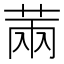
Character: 䓣